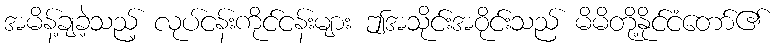
အမိန့်ချခဲ့သည့် လုပ်ငန်းကိုင်ငန်းများ ဤအသိုင်းအဝိုင်းသည် မိမိတို့နိုင်ငံတော်၏